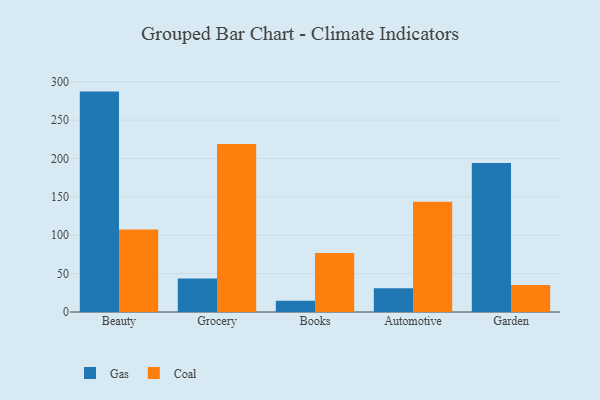
{"axis": {"x": "Category", "y": "Bounce Rate (%)"}, "legend": ["Coal", "Gas"], "data": [{"x": "Beauty", "y": 287.1, "type": "Gas"}, {"x": "Beauty", "y": 107.4, "type": "Coal"}, {"x": "Grocery", "y": 43.5, "type": "Gas"}, {"x": "Grocery", "y": 218.9, "type": "Coal"}, {"x": "Books", "y": 14.6, "type": "Gas"}, {"x": "Books", "y": 76.9, "type": "Coal"}, {"x": "Automotive", "y": 31.1, "type": "Gas"}, {"x": "Automotive", "y": 143.6, "type": "Coal"}, {"x": "Garden", "y": 194.2, "type": "Gas"}, {"x": "Garden", "y": 35.1, "type": "Coal"}]}